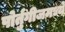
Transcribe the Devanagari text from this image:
पोर्तुगीजमध्ये